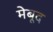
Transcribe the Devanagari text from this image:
मेबूद